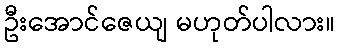
ဦးအောင်ဇေယျ မဟုတ်ပါလား။